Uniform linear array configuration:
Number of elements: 16
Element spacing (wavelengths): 1
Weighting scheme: hann
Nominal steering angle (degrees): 30
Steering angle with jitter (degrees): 31.545
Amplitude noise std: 0.05
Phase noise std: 0.05

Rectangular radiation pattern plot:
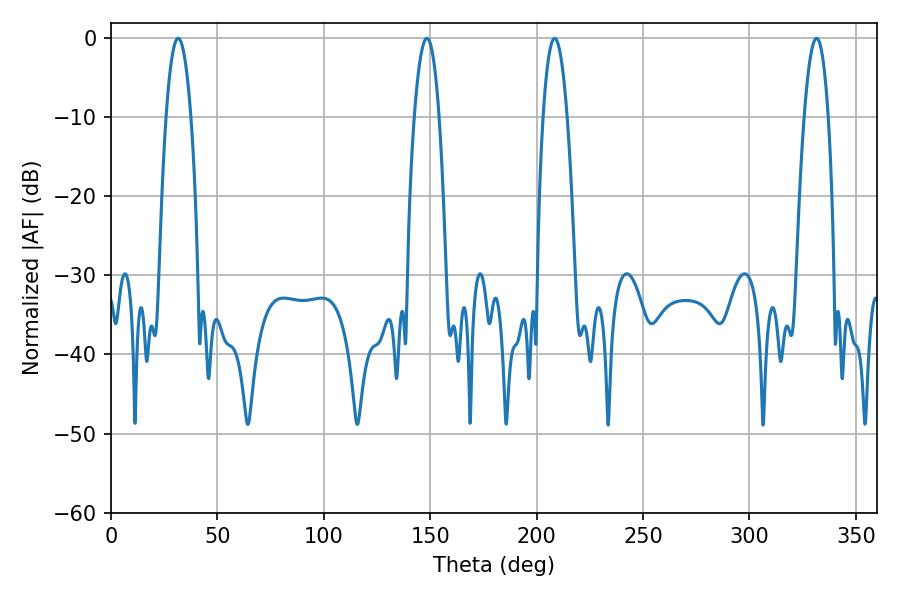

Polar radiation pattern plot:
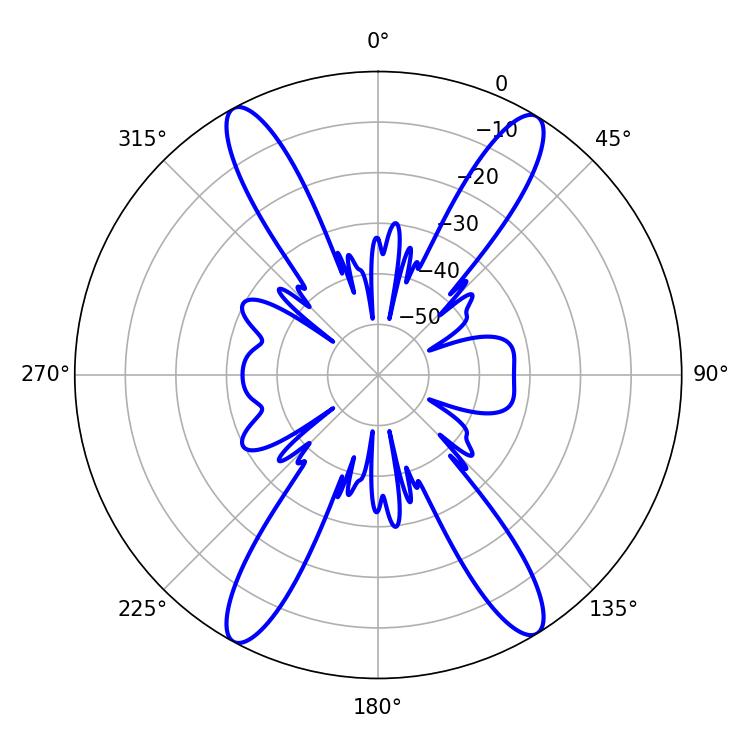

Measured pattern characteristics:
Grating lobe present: TRUE
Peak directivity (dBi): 21.43
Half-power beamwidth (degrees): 6.3
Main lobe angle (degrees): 208.44